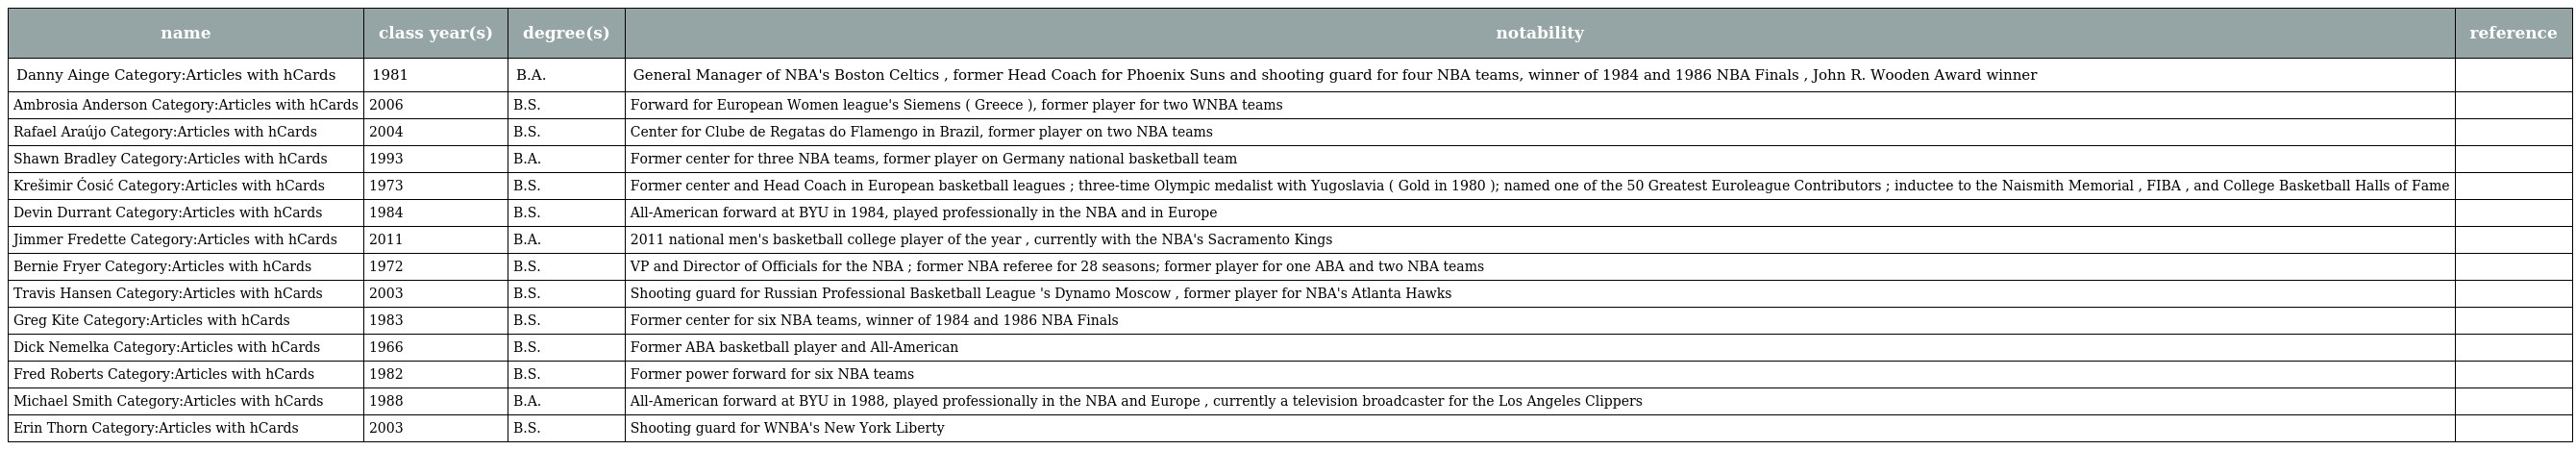
| name | class year(s) | degree(s) | notability | reference |
 | --- | --- | --- | --- | --- |
 | Danny Ainge Category:Articles with hCards | 1981 | B.A. | General Manager of NBA's Boston Celtics , former Head Coach for Phoenix Suns and shooting guard for four NBA teams, winner of 1984 and 1986 NBA Finals , John R. Wooden Award winner |  |
 | Ambrosia Anderson Category:Articles with hCards | 2006 | B.S. | Forward for European Women league's Siemens ( Greece ), former player for two WNBA teams |  |
 | Rafael Araújo Category:Articles with hCards | 2004 | B.S. | Center for Clube de Regatas do Flamengo in Brazil, former player on two NBA teams |  |
 | Shawn Bradley Category:Articles with hCards | 1993 | B.A. | Former center for three NBA teams, former player on Germany national basketball team |  |
 | Krešimir Ćosić Category:Articles with hCards | 1973 | B.S. | Former center and Head Coach in European basketball leagues ; three-time Olympic medalist with Yugoslavia ( Gold in 1980 ); named one of the 50 Greatest Euroleague Contributors ; inductee to the Naismith Memorial , FIBA , and College Basketball Halls of Fame |  |
 | Devin Durrant Category:Articles with hCards | 1984 | B.S. | All-American forward at BYU in 1984, played professionally in the NBA and in Europe |  |
 | Jimmer Fredette Category:Articles with hCards | 2011 | B.A. | 2011 national men's basketball college player of the year , currently with the NBA's Sacramento Kings |  |
 | Bernie Fryer Category:Articles with hCards | 1972 | B.S. | VP and Director of Officials for the NBA ; former NBA referee for 28 seasons; former player for one ABA and two NBA teams |  |
 | Travis Hansen Category:Articles with hCards | 2003 | B.S. | Shooting guard for Russian Professional Basketball League 's Dynamo Moscow , former player for NBA's Atlanta Hawks |  |
 | Greg Kite Category:Articles with hCards | 1983 | B.S. | Former center for six NBA teams, winner of 1984 and 1986 NBA Finals |  |
 | Dick Nemelka Category:Articles with hCards | 1966 | B.S. | Former ABA basketball player and All-American |  |
 | Fred Roberts Category:Articles with hCards | 1982 | B.S. | Former power forward for six NBA teams |  |
 | Michael Smith Category:Articles with hCards | 1988 | B.A. | All-American forward at BYU in 1988, played professionally in the NBA and Europe , currently a television broadcaster for the Los Angeles Clippers |  |
 | Erin Thorn Category:Articles with hCards | 2003 | B.S. | Shooting guard for WNBA's New York Liberty |  |